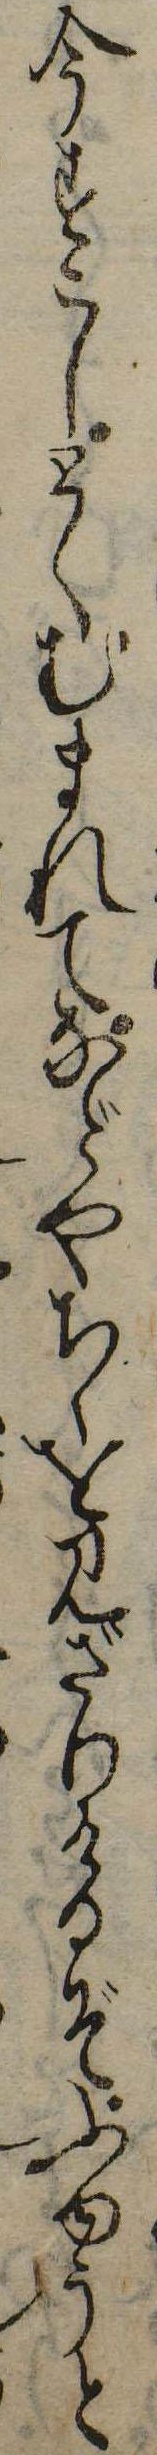
今すこしとくむまれてなどやちゝを見ざりけるぞふやうと